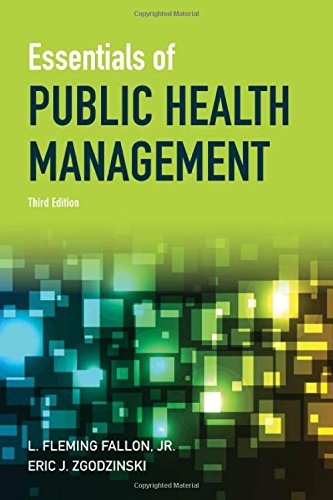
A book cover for Essentials Of Public Health Management; L. Fleming Fallon Jr.; Medical Books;